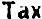
TAX